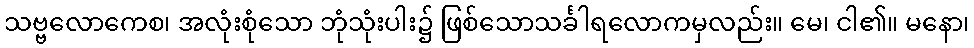
သဗ္ဗလောကေစ၊ အလုံးစုံသော ဘုံသုံးပါး၌ ဖြစ်သောသင်္ခါရလောကမှလည်း။ မေ၊ ငါ၏။ မနော၊